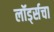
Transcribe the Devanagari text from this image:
लॉर्ड्सचा